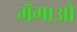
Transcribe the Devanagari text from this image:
मँगाओ